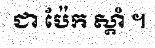
ជា ប៉ែក ស្តាំ ។